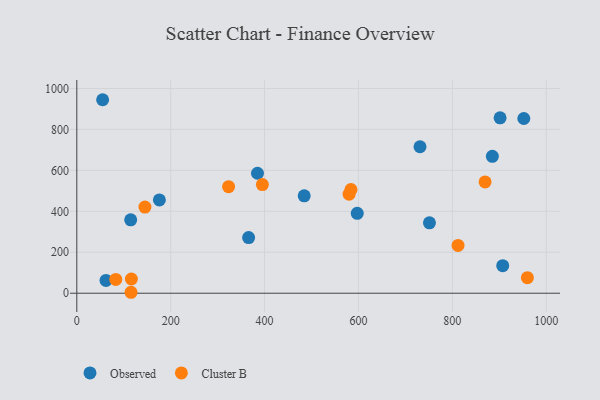
{"axis": {"x": "Engine Size", "y": "Rating"}, "legend": ["Cluster B", "Observed"], "data": [{"x": "731.1", "y": 715.3, "type": "Observed"}, {"x": "952.2", "y": 853.2, "type": "Observed"}, {"x": "62.2", "y": 62.7, "type": "Observed"}, {"x": "175.9", "y": 455.5, "type": "Observed"}, {"x": "484.4", "y": 475.5, "type": "Observed"}, {"x": "901.7", "y": 856.5, "type": "Observed"}, {"x": "885.2", "y": 668.5, "type": "Observed"}, {"x": "55.0", "y": 945.0, "type": "Observed"}, {"x": "114.8", "y": 358.3, "type": "Observed"}, {"x": "751.2", "y": 343.6, "type": "Observed"}, {"x": "907.3", "y": 134.4, "type": "Observed"}, {"x": "384.9", "y": 585.9, "type": "Observed"}, {"x": "597.4", "y": 390.0, "type": "Observed"}, {"x": "366.0", "y": 271.9, "type": "Observed"}, {"x": "580.0", "y": 483.8, "type": "Cluster B"}, {"x": "812.1", "y": 233.4, "type": "Cluster B"}, {"x": "584.0", "y": 506.0, "type": "Cluster B"}, {"x": "869.7", "y": 543.6, "type": "Cluster B"}, {"x": "323.3", "y": 520.4, "type": "Cluster B"}, {"x": "395.3", "y": 530.4, "type": "Cluster B"}, {"x": "116.3", "y": 69.5, "type": "Cluster B"}, {"x": "145.1", "y": 420.6, "type": "Cluster B"}, {"x": "115.5", "y": 4.6, "type": "Cluster B"}, {"x": "83.0", "y": 67.2, "type": "Cluster B"}, {"x": "959.8", "y": 76.0, "type": "Cluster B"}]}